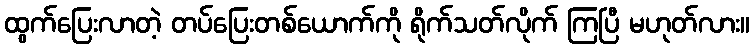
ထွက်ပြေးလာတဲ့ တပ်ပြေးတစ်ယောက်ကို ရိုက်သတ်လိုက် ကြပြီ မဟုတ်လား။